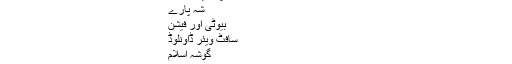
چوکا، چھکا یا آؤٹ - ساجد محمود - بے لاگ
کلاسفائیڈ اشتہارات
ٹپس اینڈ ٹرکس
شہ پارے
بیوٹی اور فیشن
سافٹ ویئر ڈاونلوڈ
گوشہ اسلام
آپ کے مسائل کا شرعی حل
لائیو کرکٹ
تازہ ترین دعوت عشق.!